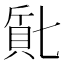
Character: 𬥔